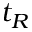
t _ { R }